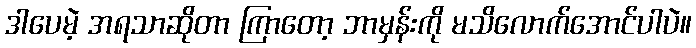
ဒါပေမဲ့ အရသာဆိုတာ ကြာတော့ ဘာမှန်းကို မသိလောက်အောင်ပါပဲ။